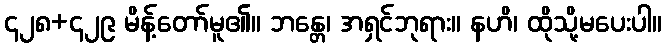
၄၂၈+၄၂၉ မိန့်တော်မူ၏။ ဘန္တေ၊ အရှင်ဘုရား။ နဟိ၊ ထိုသို့မပေးပါ။